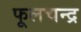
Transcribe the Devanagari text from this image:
फूलचन्द्र